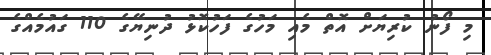
މި ފޯނު ކުރިޔަށް އޮތް މެއި މަހުގެ ފަހުކޮޅު ދުނިޔޭގެ 110 ގައުމެއްގެ